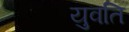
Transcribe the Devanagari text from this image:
युवति